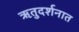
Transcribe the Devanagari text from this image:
ऋतुदर्शनात